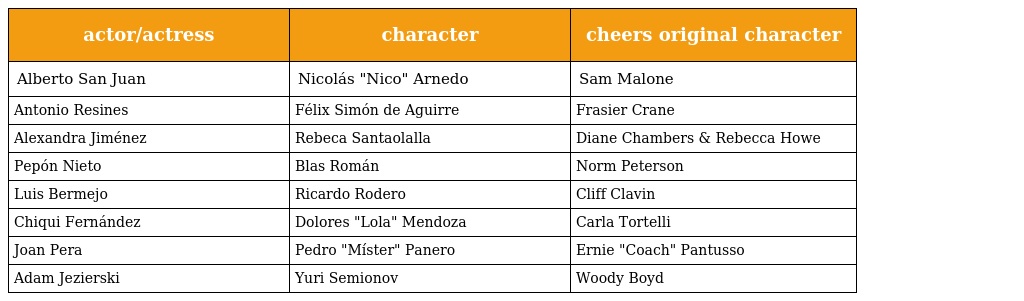
| actor/actress | character | cheers original character |
 | --- | --- | --- |
 | Alberto San Juan | Nicolás "Nico" Arnedo | Sam Malone |
 | Antonio Resines | Félix Simón de Aguirre | Frasier Crane |
 | Alexandra Jiménez | Rebeca Santaolalla | Diane Chambers & Rebecca Howe |
 | Pepón Nieto | Blas Román | Norm Peterson |
 | Luis Bermejo | Ricardo Rodero | Cliff Clavin |
 | Chiqui Fernández | Dolores "Lola" Mendoza | Carla Tortelli |
 | Joan Pera | Pedro "Míster" Panero | Ernie "Coach" Pantusso |
 | Adam Jezierski | Yuri Semionov | Woody Boyd |